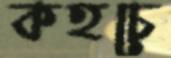
কহচে